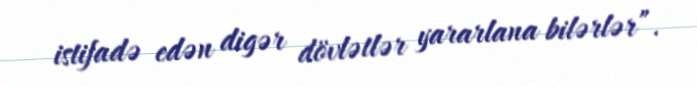
istifadə edən digər dövlətlər yararlana bilərlər”.